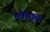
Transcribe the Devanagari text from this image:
भवेच्छूद्रः